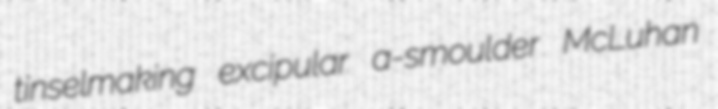
tinselmaking excipular a-smoulder McLuhan